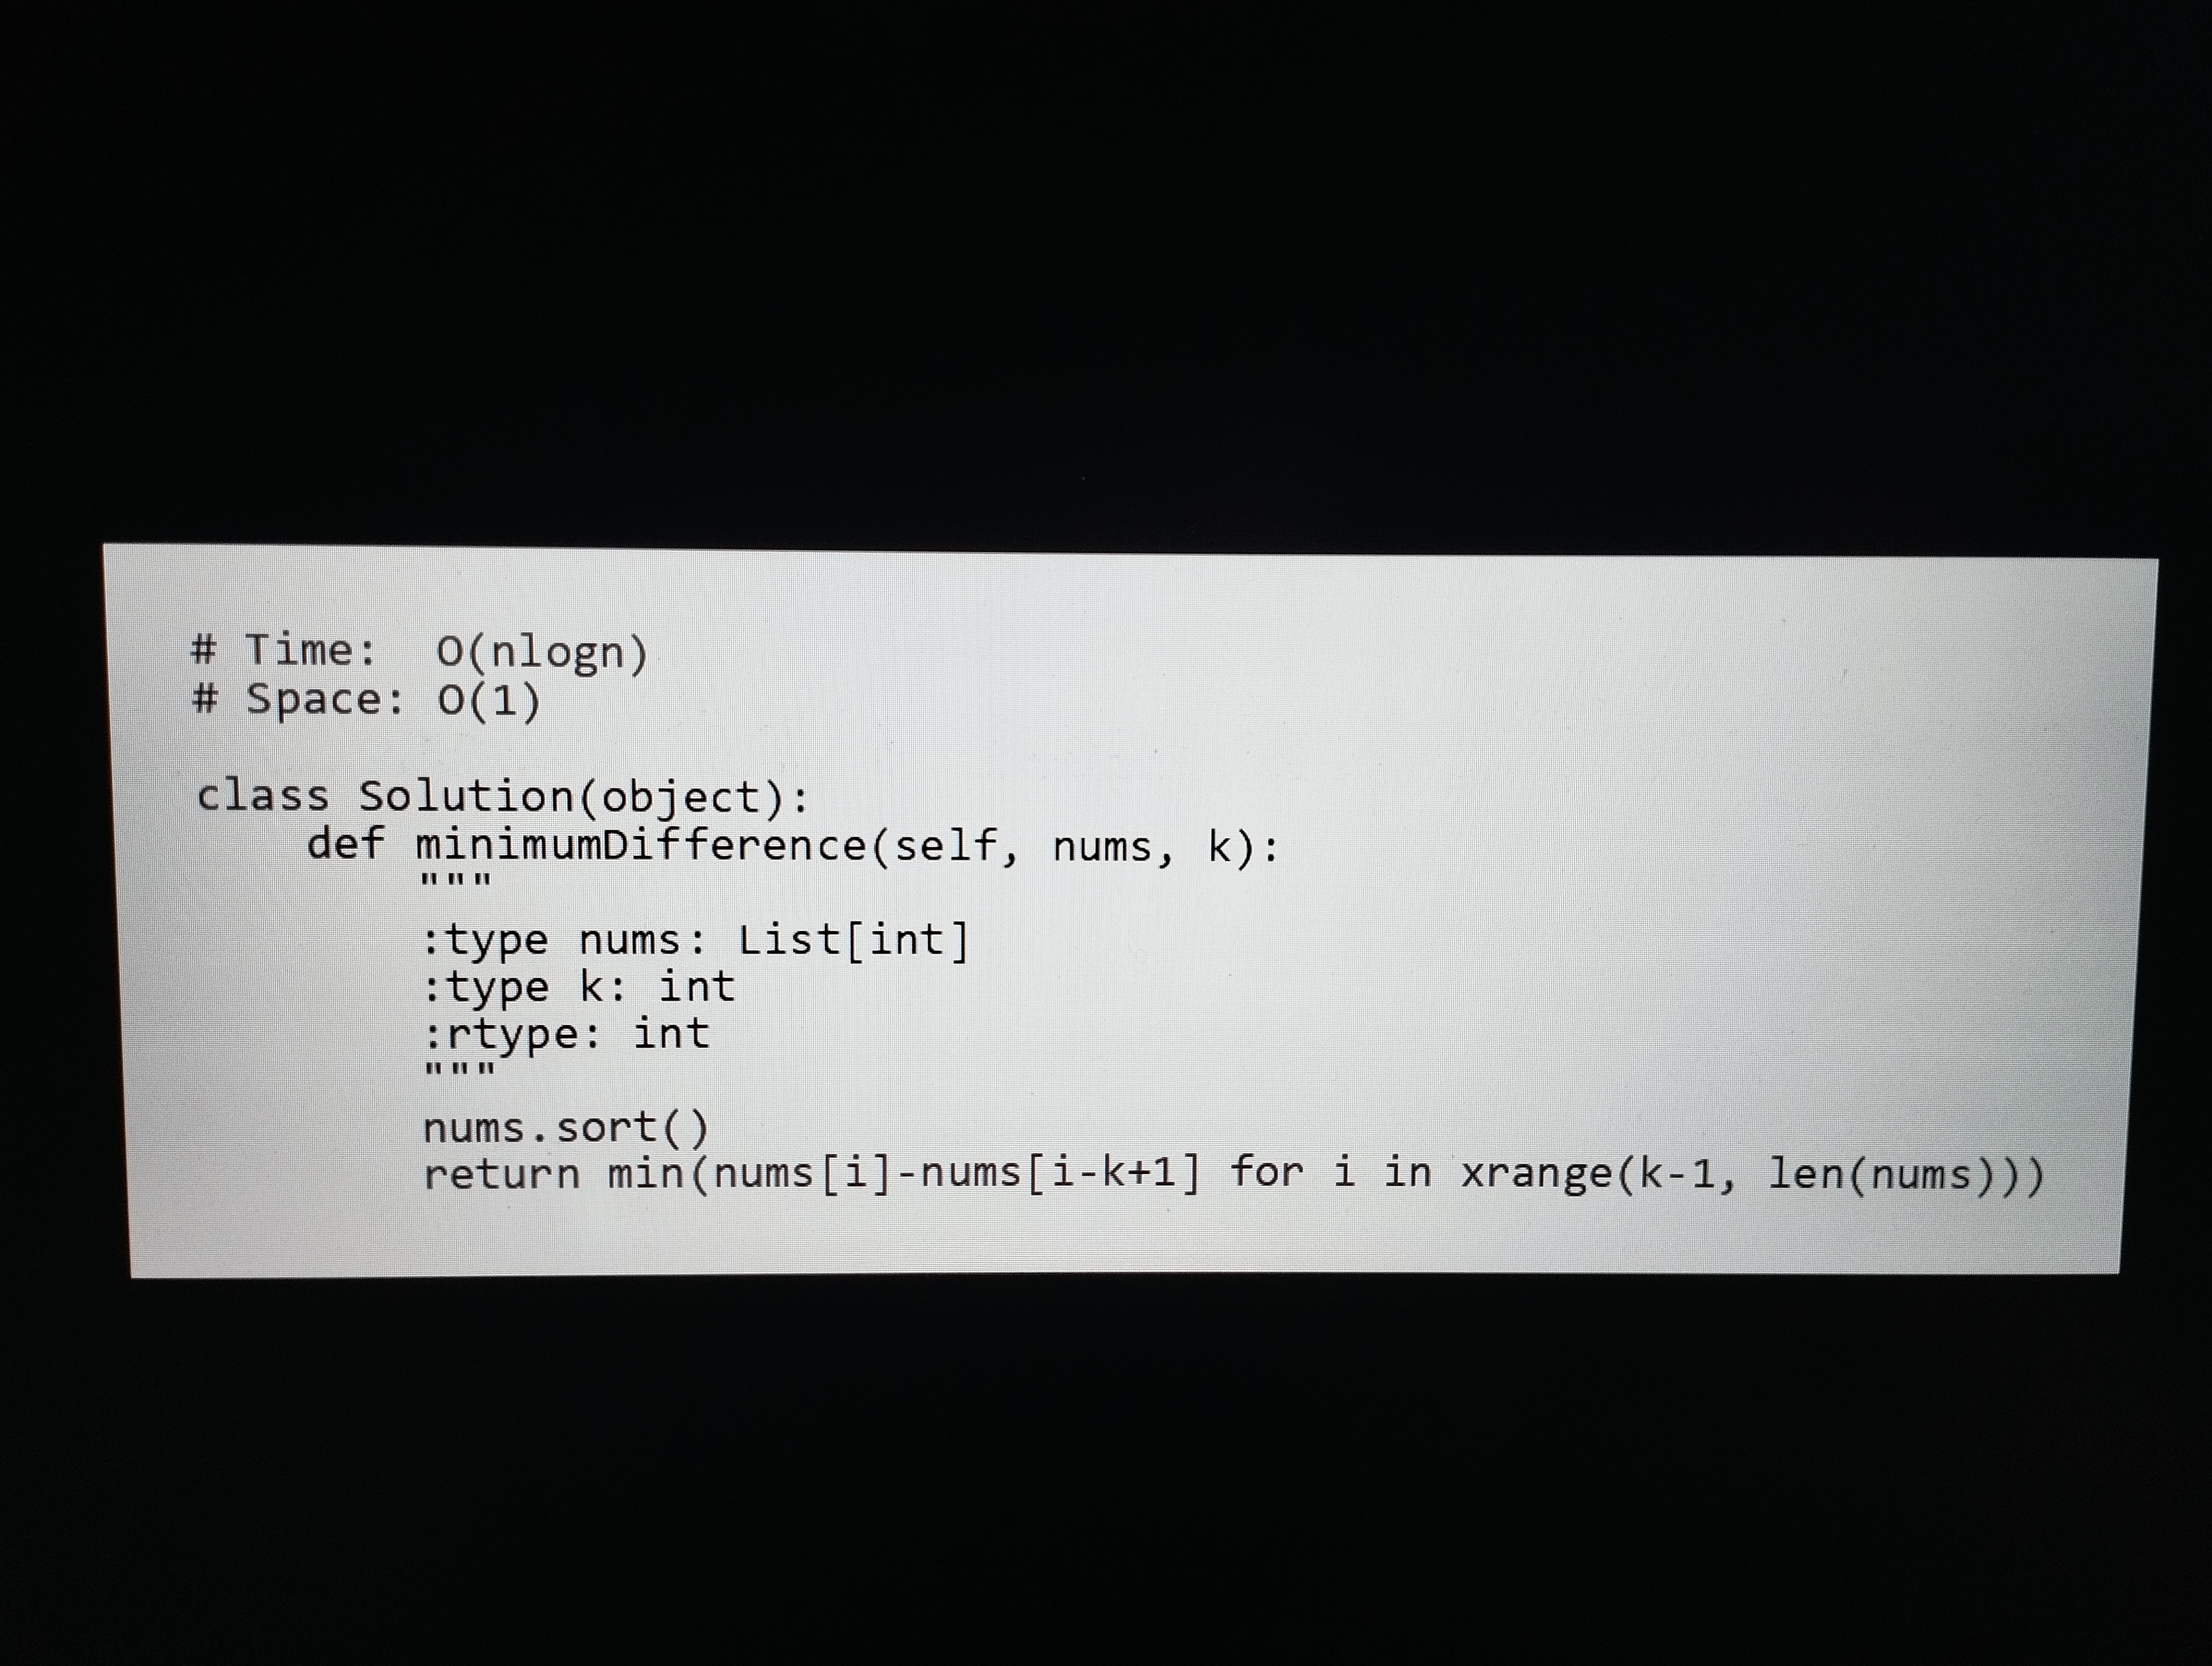
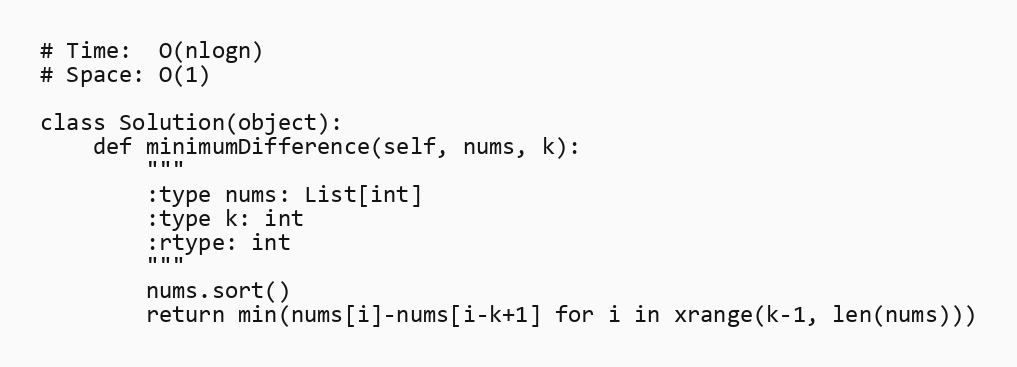
# Time:  O(nlogn)
# Space: O(1)

class Solution(object):
    def minimumDifference(self, nums, k):
        """
        :type nums: List[int]
        :type k: int
        :rtype: int
        """
        nums.sort()
        return min(nums[i]-nums[i-k+1] for i in xrange(k-1, len(nums)))